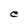
Character: e